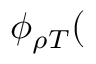
\phi _ { \rho T } (